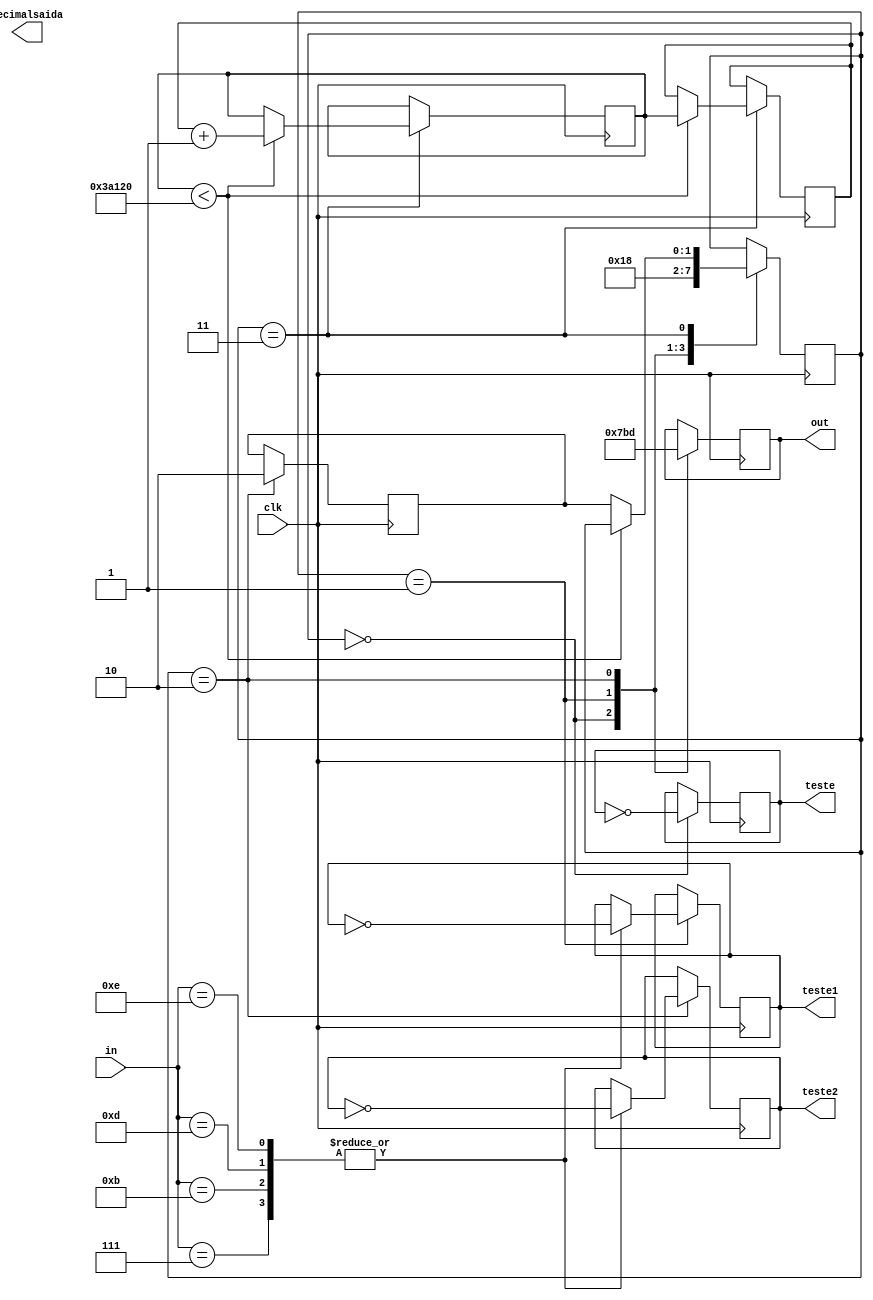
module teclado(clk, in, out, decimalsaida, teste, teste1, teste2);

	input clk;
	input [3:0] in;
	output reg [3:0] out;
	output reg [15:0] decimalsaida;
	output reg teste, teste1, teste2;
	reg [15:0] decimal_aux;
	reg [1:0] state;
	parameter[1:0] coluna0 = 2'b00, coluna1 = 2'b01, coluna2 = 2'b10, debouncing = 2'b11;
	parameter[3:0] tecla_1 = 4'b0111, tecla_4 = 4'b1011, tecla_7 = 4'b1101,
				   tecla_2 = 4'b0111, tecla_5 = 4'b1011, tecla_8 = 4'b1101, tecla_0 = 4'b1110,
				   tecla_3 = 4'b0111, tecla_6 = 4'b1011, tecla_9 = 4'b1101, tecla_esp = 4'b1110;

	reg[19:0] count;
	reg[19:0] count_aux;
	
	reg[1:0] state_anterior;
	

	always @(posedge clk) begin
		case(state)
			coluna0: begin
				out <= 4'b0111;
				case(in)
					tecla_1: begin
						teste <= ~teste;
					end
					tecla_4: begin
						teste <= ~teste;
					end
					tecla_7: begin
						teste <= ~teste;
					end
					default: begin
						teste <= ~teste;
					end
				endcase
				state <= coluna1;
			end
			coluna1: begin
				out <= 4'b1011;
				case(in)
					tecla_2: begin
						teste1 <= ~teste1;
					end
					tecla_5: begin
						teste1 <= ~teste1;
					end
					tecla_8: begin
						teste1 <= ~teste1;
					end
					tecla_0: begin
						teste1 <= ~teste1;
					end
				endcase
				state <= coluna2;
			end
			coluna2: begin
				out <= 4'b1101;
				state_anterior <= coluna2;
				case(in)
					tecla_3: begin
						teste2 <= ~teste2;
						state <= debouncing;
					end
					tecla_6: begin
						teste2 <= ~teste2;
						state <= debouncing;
					end
					tecla_9: begin
						teste2 <= ~teste2;
						state <= debouncing;
					end
					tecla_esp: begin
						teste2 <= ~teste2;
						state <= debouncing;
					end
				endcase
				state <= coluna0;
			end
			debouncing: begin
				if(count < 18'd500000) begin
					count <= count_aux + 1;
					count_aux <= count;
				end
				else begin
					state <= state_anterior;
				end
			end
		endcase
	end

endmodule